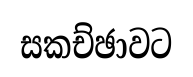
සකච්ඡාවට